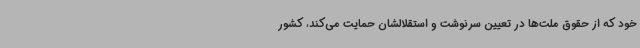
خود که از حقوق ملت‌ها در تعیین سرنوشت و استقلالشان حمایت می‌کند، کشور